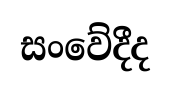
සංවේදීද